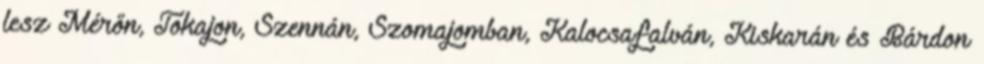
lesz Mérőn, Tokajon, Szennán, Szomajomban, Kalocsafalván, Kiskarán és Bárdon